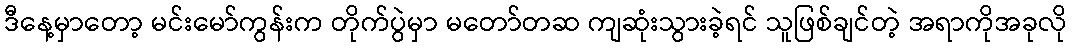
ဒီနေ့မှာတော့ မင်းမော်ကွန်းက တိုက်ပွဲမှာ မတော်တဆ ကျဆုံးသွားခဲ့ရင် သူဖြစ်ချင်တဲ့ အရာကိုအခုလို